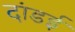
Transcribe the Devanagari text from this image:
दांडई